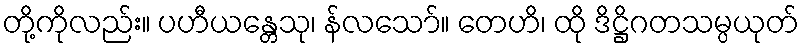
တို့ကိုလည်း။ ပဟီယန္တေသု၊ န်လသော်။ တေဟိ၊ ထို ဒိဋ္ဌိဂတသမ္ပယုတ်